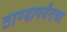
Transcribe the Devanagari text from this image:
ठाण्यापर्यंतचा